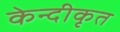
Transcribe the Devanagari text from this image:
केन्दीकृत